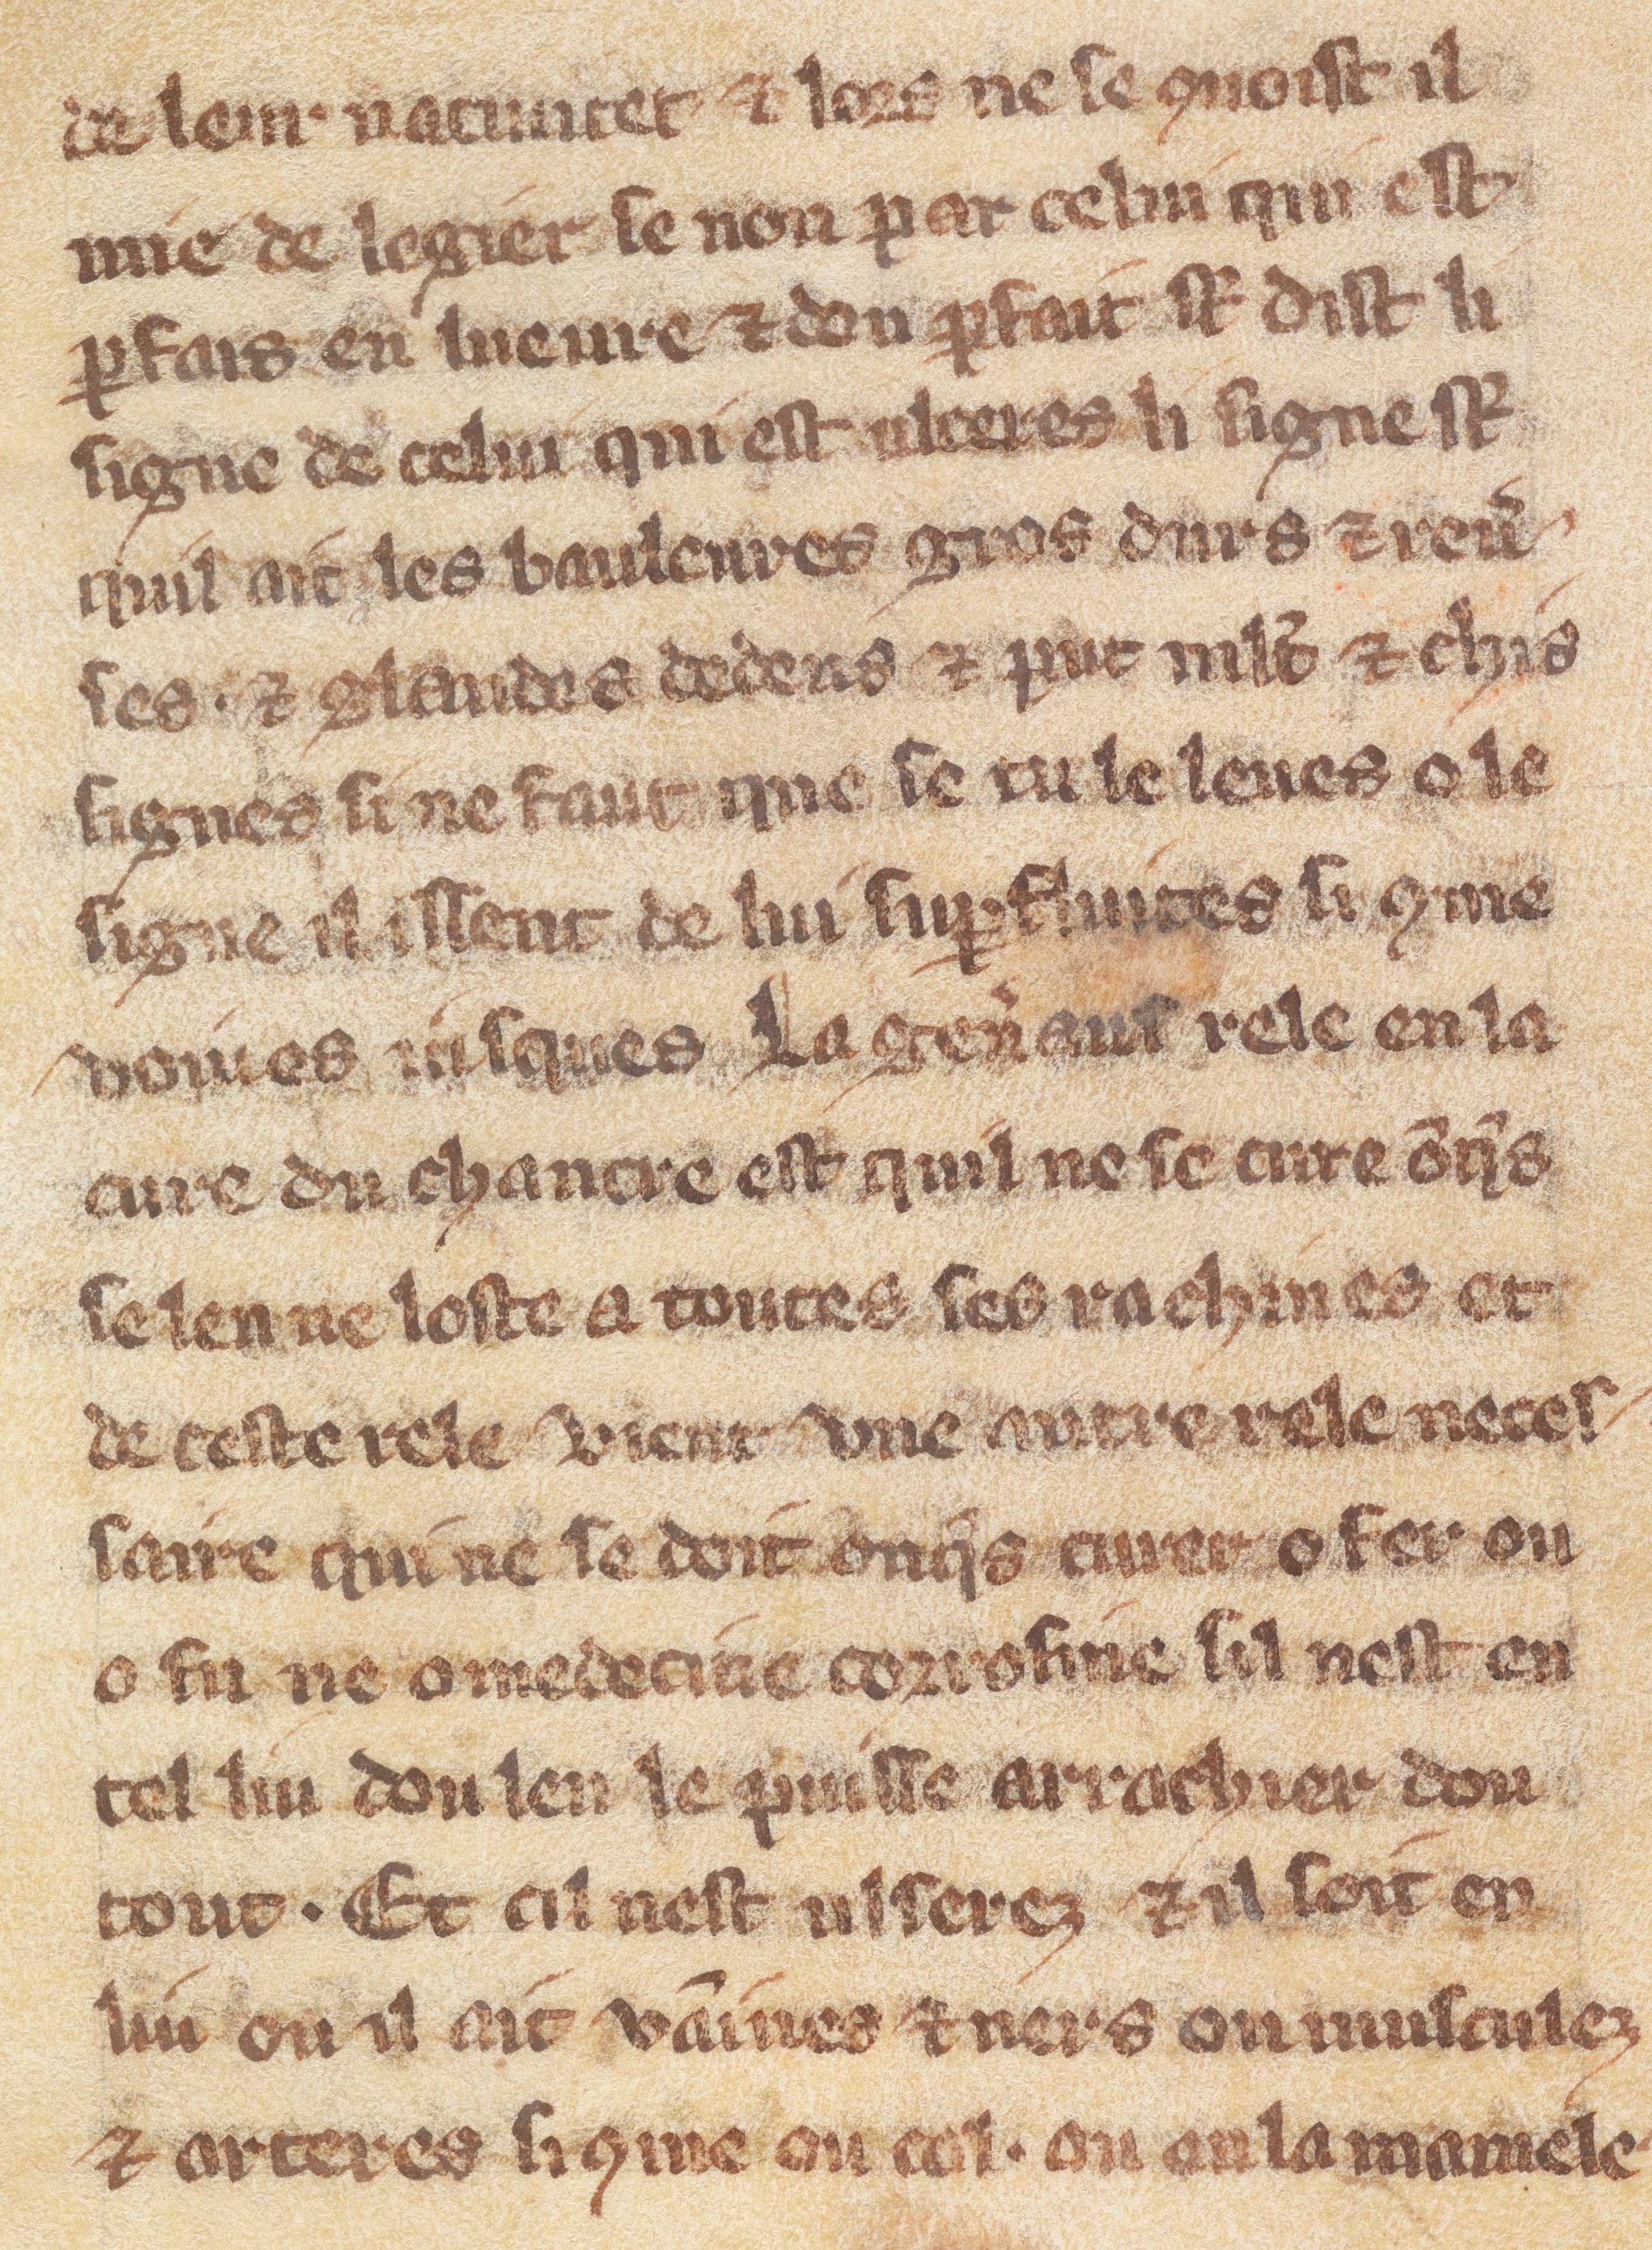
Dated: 1300–1330